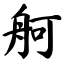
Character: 舸